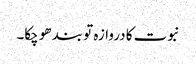
نبوت کا دروازہ تو بند ھو چکا۔